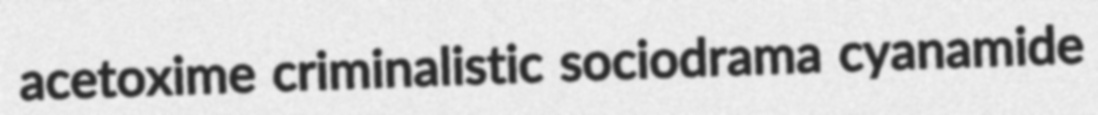
acetoxime criminalistic sociodrama cyanamide